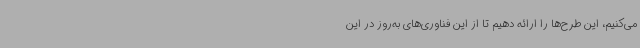
می‌کنیم، این طرح‌ها را ارائه دهیم تا از این فناوری‌های به‌روز در این